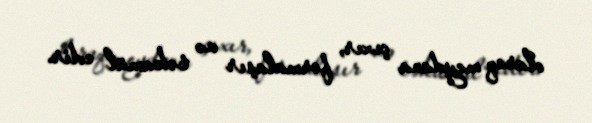
olaraq meydana çıxır, formalaşır və təkamül edir.